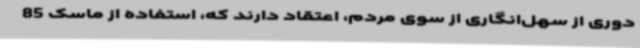
دوری از سهل‌انگاری از سوی مردم، اعتقاد دارند که، استفاده از ماسک 85